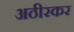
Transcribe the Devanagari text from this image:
अठीरकर